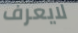
لايعرف